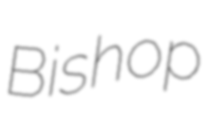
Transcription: Bishop